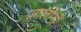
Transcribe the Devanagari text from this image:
ज़ालोनी